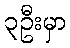
၃ဦးမှာ